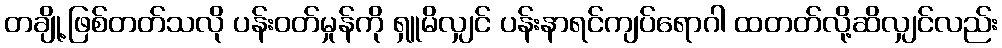
တချို့ဖြစ်တတ်သလို ပန်းဝတ်မှုန်ကို ရှူမိလျှင် ပန်းနာရင်ကျပ်ရောဂါ ထတတ်လို့ဆိလျှင်လည်း